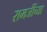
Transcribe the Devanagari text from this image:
रामजींच्या